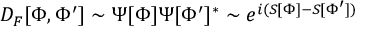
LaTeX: D _ { F } [ \Phi , \Phi ^ { \prime } ] \sim \Psi [ \Phi ] \Psi [ \Phi ^ { \prime } ] ^ { * } \sim e ^ { i ( S [ \Phi ] - S [ \Phi ^ { \prime } ] ) }